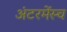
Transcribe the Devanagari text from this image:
अंटरमेंस्च